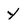
Character: y